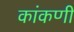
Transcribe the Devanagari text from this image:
कांकणी